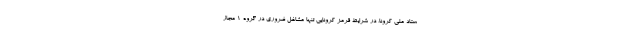
ستاد ملی کرونا، در شرایط قرمز کرونایی تنها مشاغل ضروری در گروه ۱ مجاز